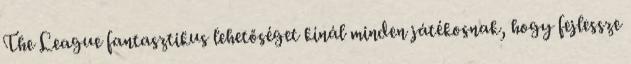
The League fantasztikus lehetőséget kínál minden játékosnak, hogy fejlessze